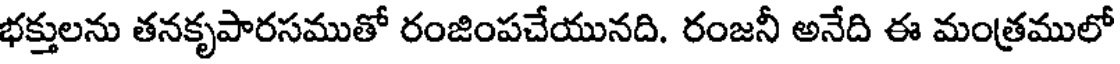
భక్తులను తనకృపారసముతో రంజింపచేయునది. రంజనీ అనేది ఈ మంత్రములో